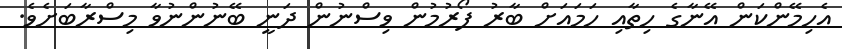
އެހިމޭންކަން އޭނާގެ ހިތާއި ހަމައަށް ބާރު ފޯރުމުން ވިސްނުން ދަނީ ބޭނުންނުވާ މިސްރާބަށެވެ.